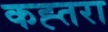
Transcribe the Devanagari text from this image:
कह्तरा